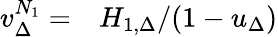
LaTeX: \begin{array}{rl}{v_{\Delta}^{N_{1}}=}&{{}H_{1,\Delta}/(1-u_{\Delta})}\end{array}